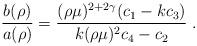
LaTeX: \begin{align*}\left. \frac{b(\rho)}{a(\rho)} = \frac{ (\rho\mu)^{2 + 2 \gamma} (c_{1} - k c_{3}) }{k (\rho\mu)^{2} c_{4} - c_{2}} \right. .\end{align*}